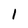
Character: i